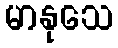
မာနုသေ